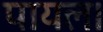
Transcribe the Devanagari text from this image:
पायल।